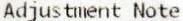
ADJUSTMENT NOTE